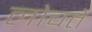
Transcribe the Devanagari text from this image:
लोचते